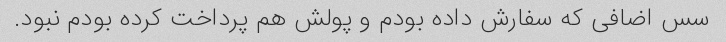
سس اضافی که سفارش داده بودم و پولش هم پرداخت کرده بودم نبود.